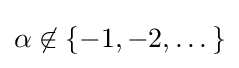
\alpha \not \in \{-1,-2,\dots \}